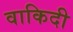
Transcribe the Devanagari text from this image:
वाकिदी